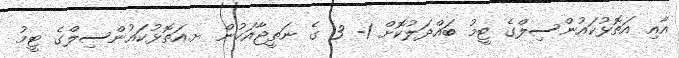
އާއި އަތޮޅުކައުންސިލްގެ ޓީމު ބައްދަލުކޮށް 1- 3 ގެ ނަތީޖާއަކުން ށ.އަތޮޅުކައުންސިލްގެ ޓީމު